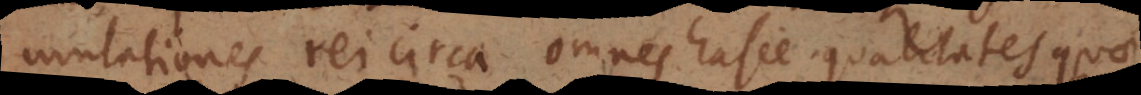
mutationes rei circa omnes hasce qualitates quae